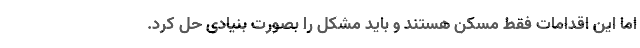
اما این اقدامات فقط مُسکن هستند و باید مشکل را بصورت بنیادی حل کرد.